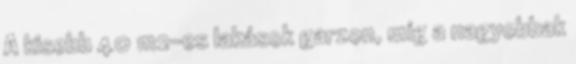
A kisebb 40 m2-es lakások garzon, míg a nagyobbak